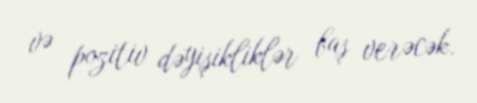
və pozitiv dəyişikliklər baş verəcək.